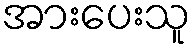
အားပေးသူ